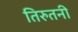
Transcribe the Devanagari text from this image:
तिरुतनी